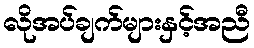
လိုအပ်ချက်များနှင့်အညီ